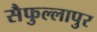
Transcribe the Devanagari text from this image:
सैफुल्लापुर